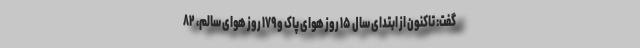
گفت: تاکنون از ابتدای سال ۱۵ روز هوای پاک و ۱۷۹ روز هوای سالم، ۸۲